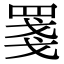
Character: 𦋈